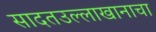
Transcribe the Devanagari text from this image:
सादतउल्लाखानाचा